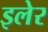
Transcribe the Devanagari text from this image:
इलेर